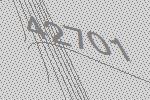
42701